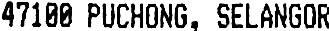
47100 PUCHONG, SELANGOR